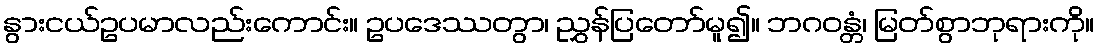
နွားငယ်ဥပမာလည်းကောင်း။ ဥပဒေဿတွာ၊ ညွှန်ပြတော်မူ၍။ ဘဂဝန္တံ၊ မြတ်စွာဘုရားကို။